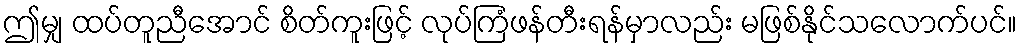
ဤမျှ ထပ်တူညီအောင် စိတ်ကူးဖြင့် လုပ်ကြံဖန်တီးရန်မှာလည်း မဖြစ်နိုင်သလောက်ပင်။